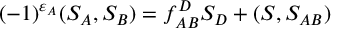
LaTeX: ( - 1 ) ^ { \varepsilon _ { A } } ( S _ { A } , S _ { B } ) = f _ { A B } ^ { D } S _ { D } + ( S , S _ { A B } )